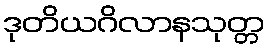
ဒုတိယဂိလာနသုတ္တ